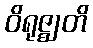
ဝိရုဇ္ဈတိ